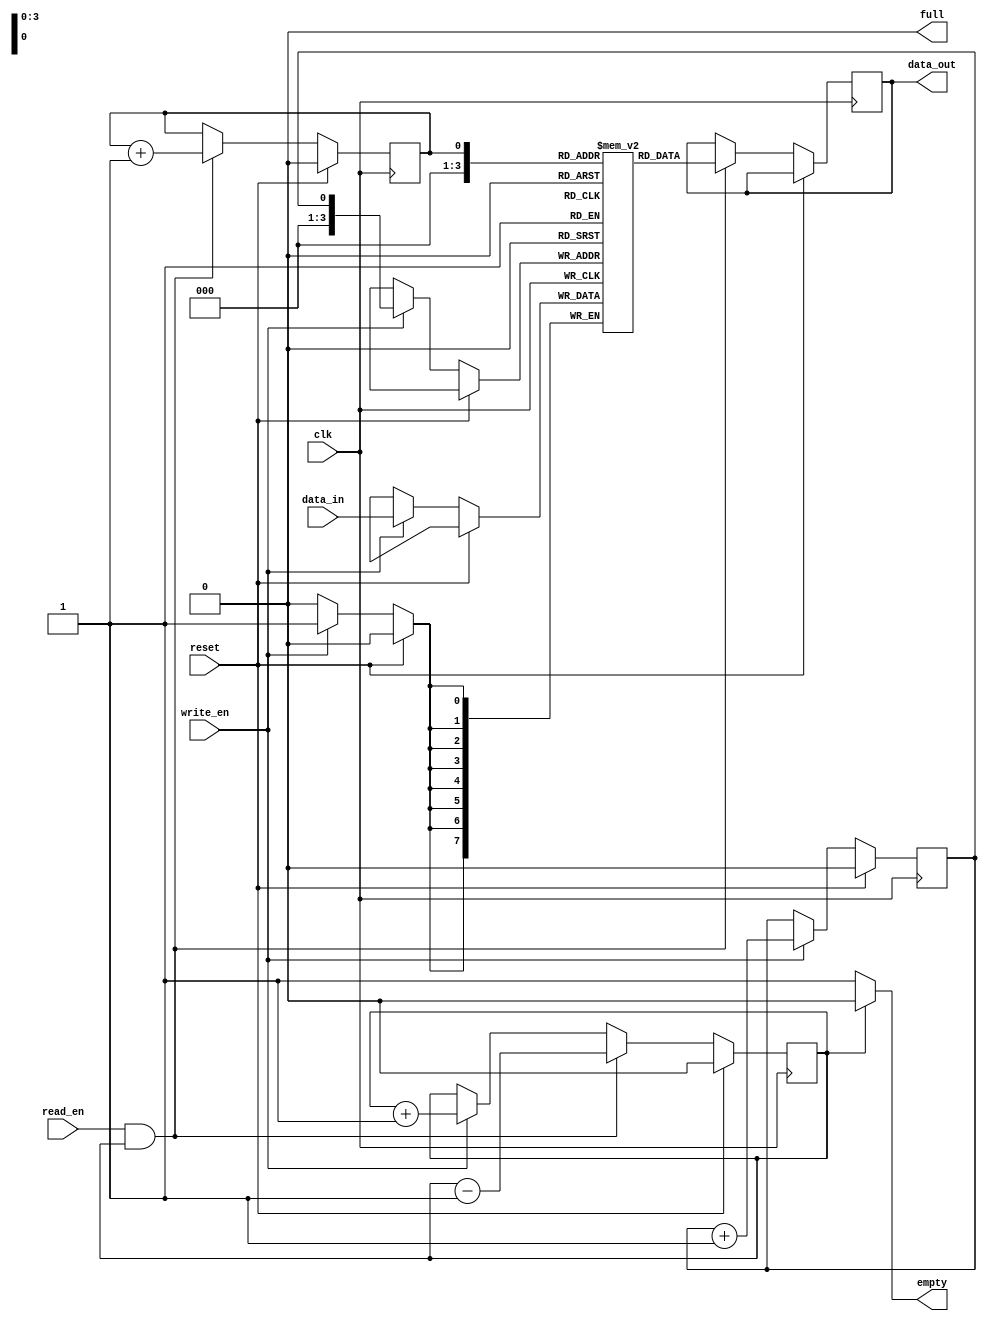
module fifo (
    input wire clk,
    input wire reset,
    input wire write_en,
    input wire read_en,
    input wire [DATA_WIDTH-1:0] data_in,
    output reg [DATA_WIDTH-1:0] data_out,
    output wire empty,
    output wire full
);

parameter DATA_WIDTH = 8;
parameter FIFO_SIZE = 16;

reg [DATA_WIDTH-1:0] fifo [FIFO_SIZE-1:0];
reg head = 0;
reg tail = 0;
reg counter = 0;

always @(posedge clk) begin
    if (reset) begin
        head <= 0;
        tail <= 0;
        counter <= 0;
    end else begin
        if (write_en && !full) begin
            fifo[head] <= data_in;
            head <= (head == FIFO_SIZE-1) ? 0 : head + 1;
            counter <= counter + 1;
        end
        
        if (read_en && !empty) begin
            data_out <= fifo[tail];
            tail <= (tail == FIFO_SIZE-1) ? 0 : tail + 1;
            counter <= counter - 1;
        end
    end
end

assign empty = (counter == 0) ? 1'b1 : 1'b0;
assign full = (counter == FIFO_SIZE) ? 1'b1 : 1'b0;

endmodule